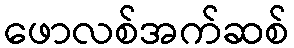
ဖောလစ်အက်ဆစ်